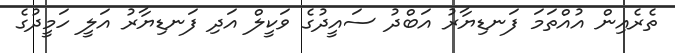
ތެރެއިން އުއްތަމަ ފަނޑިޔާރު އަބްދު ސައީދުގެ ވަކީލް އަދި ފަނޑިޔާރު އަލީ ހަމީދުގެ